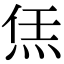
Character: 㶵